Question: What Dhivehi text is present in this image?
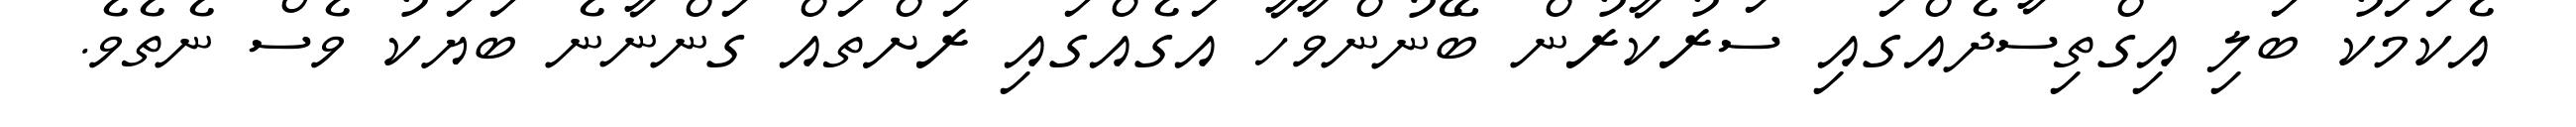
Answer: އެކަމަކު ބަލި އިގްތިސާދެއްގައި ސަރުކާރުން ބޭނުންވާހާ އަގެއްގައި ރަށްތައް ގަންނާނެ ބަޔަކު ވެސް ނެތެވެ.